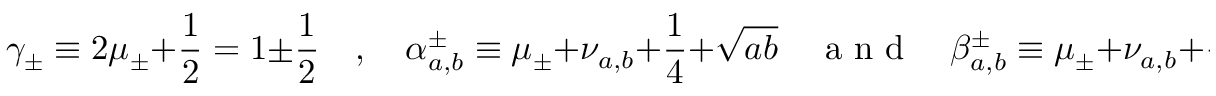
\gamma _ { \pm } \equiv 2 \mu _ { \pm } + \frac { 1 } { 2 } = 1 \pm \frac { 1 } { 2 } \quad , \quad \alpha _ { a , b } ^ { \pm } \equiv \mu _ { \pm } + \nu _ { a , b } + \frac { 1 } { 4 } + \sqrt { a b } \quad \mathrm { ~ a ~ n ~ d ~ } \quad \beta _ { a , b } ^ { \pm } \equiv \mu _ { \pm } + \nu _ { a , b } + \frac { 1 } { 4 } - \sqrt { a b } \; .